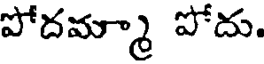
పోదమ్మా పోదు.